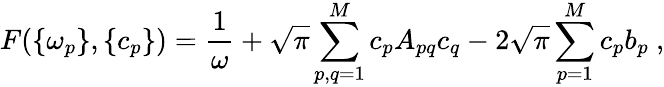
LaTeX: F(\{ \omega_{p}\} ,\{ c_{p}\} )=\frac{1}{\omega}+\sqrt{\pi}\sum_{p,q=1}^{M}c_{p}A_{pq}c_{q}-2\sqrt{\pi}\sum_{p=1}^{M}c_{p}b_{p}\ ,